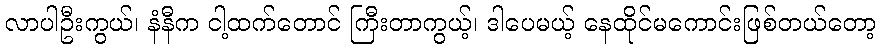
လာပါဦးကွယ်၊ နံနီက ငါ့ထက်တောင် ကြီးတာကွယ့်၊ ဒါပေမယ့် နေထိုင်မကောင်းဖြစ်တယ်တော့